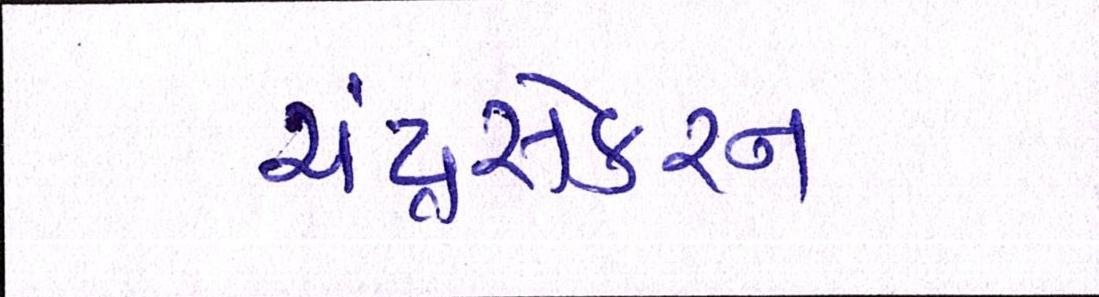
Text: ચંદ્રસેકરન